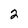
Character: 2